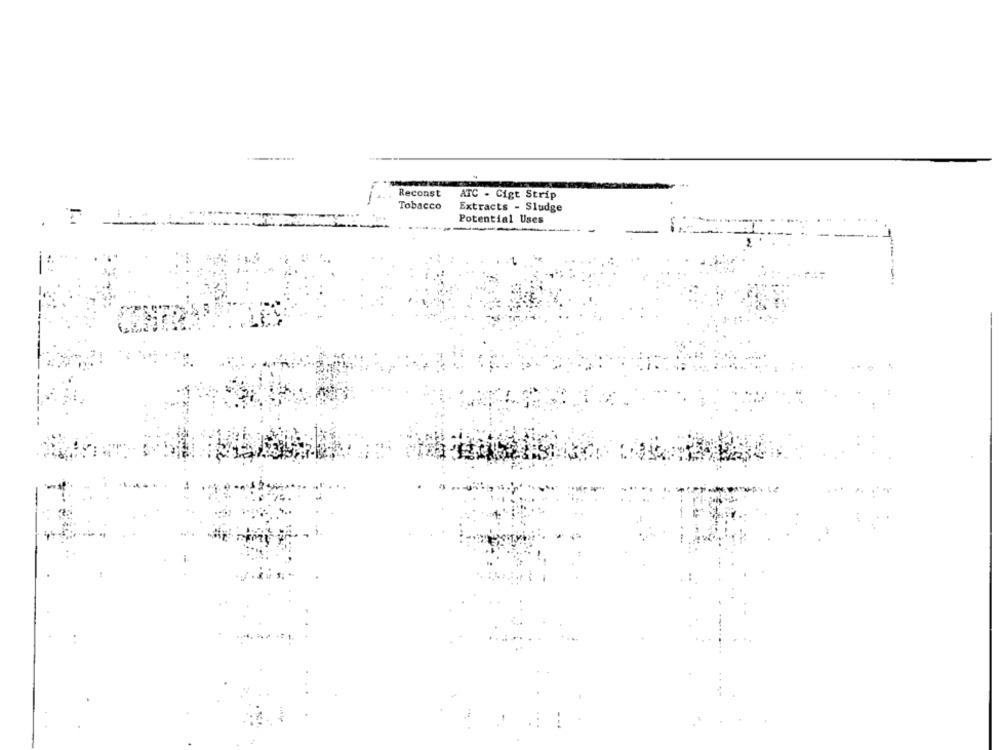
Reconst
ATC - Cigt Strip
Tobacco
Extracts - Sludge
Potential Uses